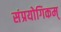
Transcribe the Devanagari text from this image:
संप्रयोगिकम्